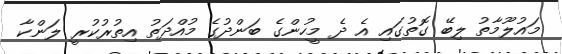
މައުލޫމާތު ލިބޭ ގޮތުގައި އެ ދެ މީހުންގެ ބަންދުގެ މުއްދަތު އިތުރުކުރީ ލަންކާ